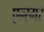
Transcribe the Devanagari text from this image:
एन्स्गर